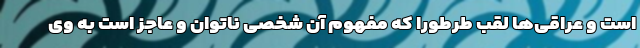
است و عراقی‌ها لقب طرطورا که مفهوم آن شخصی ناتوان و عاجز است به وی